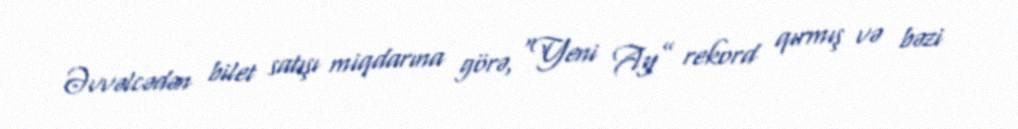
Əvvəlcədən bilet satışı miqdarına görə, “Yeni Ay” rekord qırmış və bəzi